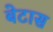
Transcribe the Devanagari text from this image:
बेटास